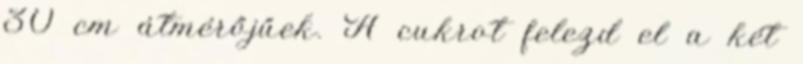
30 cm átmérőjűek. A cukrot felezd el a két